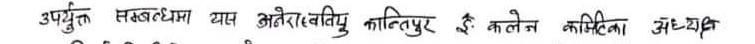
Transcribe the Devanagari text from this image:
अप्रेक्त सगतधम यास अनेराबादु कान्तिपुर इ कलेज करिका अध्यप